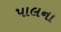
પાલના